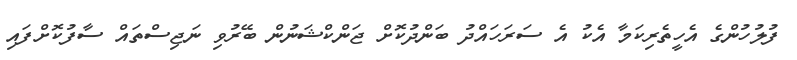
ފުލުހުންގެ އެހީތެރިކަމާ އެކު އެ ސަރަހައްދު ބަންދުކޮށް ޖަންކްޝަނުން ބޭރުވި ނަޖިސްތައް ސާފުކޮށްފައި